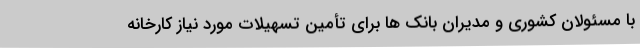
با مسئولان کشوری و مدیران بانک ها برای تأمین تسهیلات مورد نیاز کارخانه